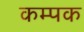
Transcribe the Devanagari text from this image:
कम्पक